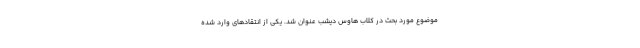
موضوع مورد بحث در کلاب هاوس دیشب عنوان شد. یکی از انتقادهای وارد شده